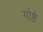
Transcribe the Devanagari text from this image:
गोष्ठे